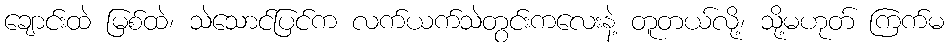
ချောင်းထဲ မြစ်ထဲ၊ သဲသောင်ပြင်က လက်ယက်သဲတွင်းကလေးနဲ့ တူတယ်လို့၊ သို့မဟုတ် ကြက်မ